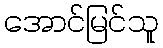
အောင်မြင်သူ